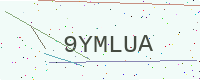
Text: 9YMLUA